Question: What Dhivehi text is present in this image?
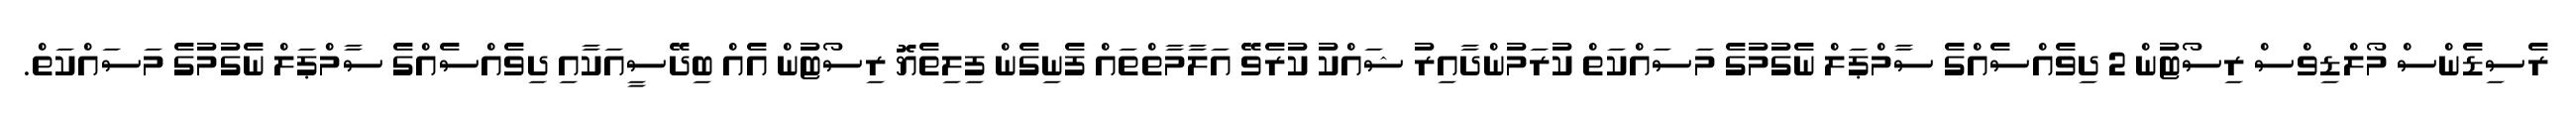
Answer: ރެސިޑެންސް މޯލްޑިވްސް ރިސޯޓުން 2 ދިވެއްސެއްގެ ސާމްޕަލް ނެގުމުގެ މަސައްކަތް ކުރަމުންދާއިރު ޝައްކު ކުރެވޭ އަލާމާތްތައް ފެނިގެން ފިލިތެޔޮ ރިސޯޓުން އެއް ބިދޭސީއަކާއި ދިވެއްސެއްގެ ސާމްޕަލް ނެގުމުގެ މަސައްކަތް.